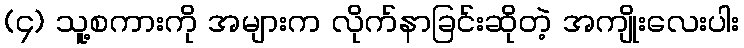
(၄) သူ့စကားကို အများက လိုက်နာခြင်းဆိုတဲ့ အကျိုးလေးပါး